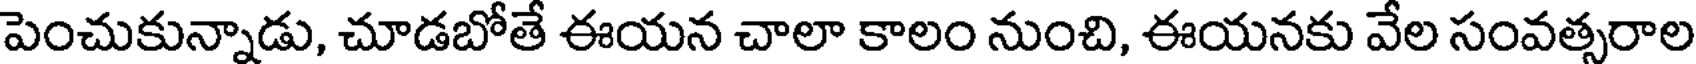
పెంచుకున్నాడు, చూడబోతే ఈయన చాలా కాలం నుంచి, ఈయనకు వేల సంవత్సరాల